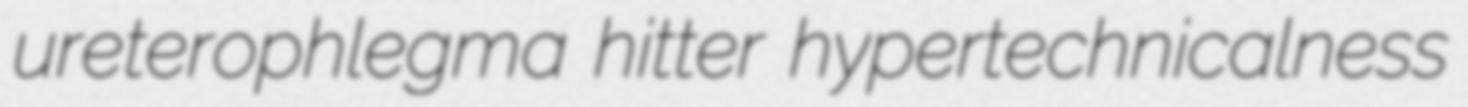
ureterophlegma hitter hypertechnicalness